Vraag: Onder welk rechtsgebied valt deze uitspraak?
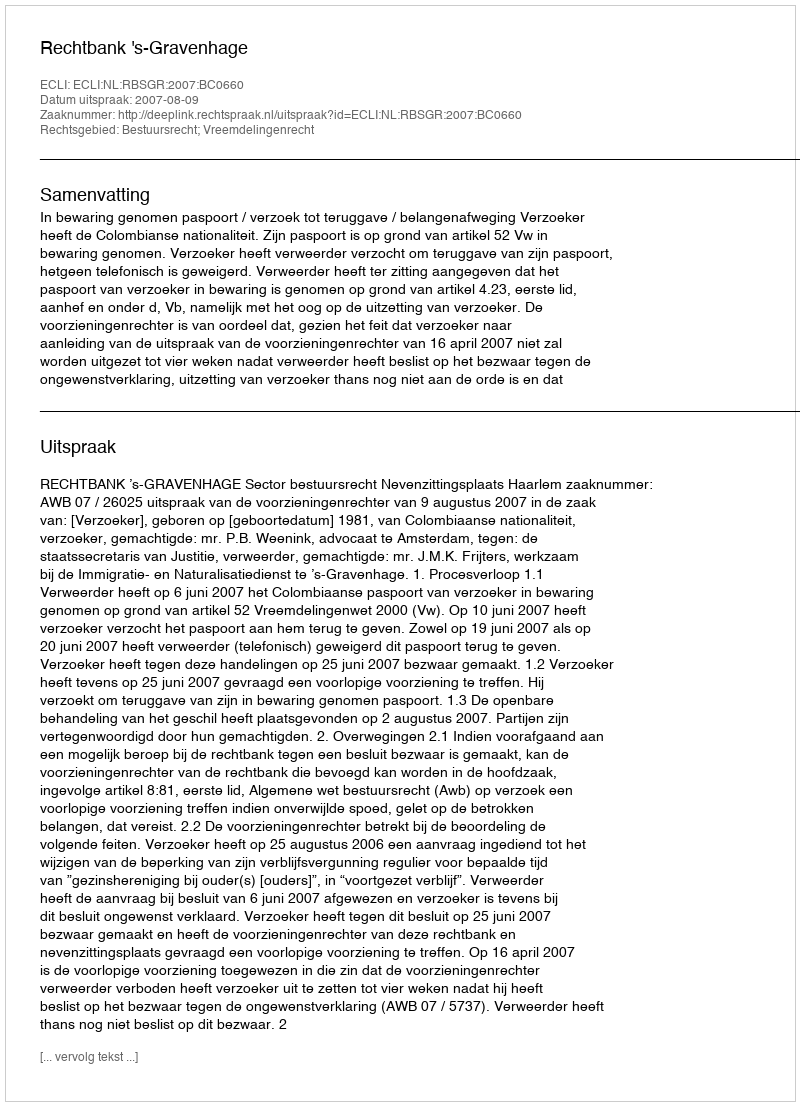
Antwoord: Bestuursrecht; Vreemdelingenrecht